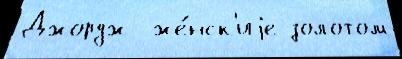
Джордж  же́нск'иjе золотом